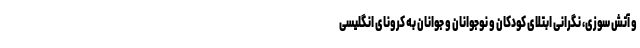
و آتش سوزی، نگرانی ابتلای کودکان و نوجوانان و جوانان به کرونای انگلیسی